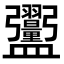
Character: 𪾞